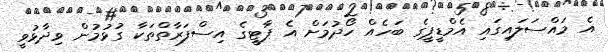
އެ މައްސަލައިގައި އެމްޑީޕީގެ ބަހެއް ހޯދުމަށް އެ ޕާޓީގެ އިސްފަރާތްތަކާ ގުޅުމުން ވިދާޅުވީ